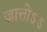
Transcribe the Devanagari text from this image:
जात्तोऽऽ